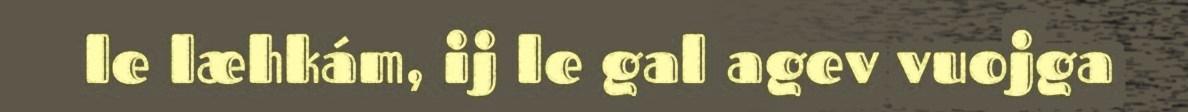
le læhkám, ij le gal agev vuojga